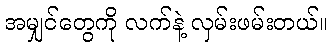
အမျှင်တွေကို လက်နဲ့ လှမ်းဖမ်းတယ်။